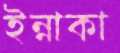
ইন্নাকা